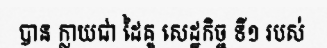
បាន ក្លាយជា ដៃគូ សេដ្ឋកិច្ច ទី១ របស់